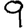
Digit: 9